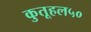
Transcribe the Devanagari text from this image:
कुतूहल५०